Vaccination United Provinces of Agra and Oudh 1902-1913 - 1902-1913
Year: 1902
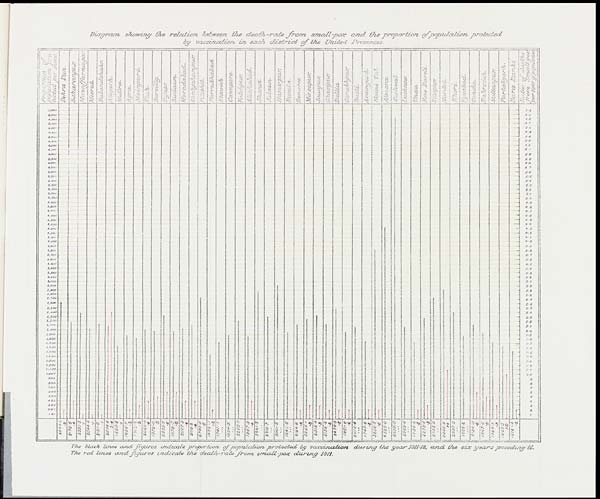
Diagram
showing the relation
between the death-rate
from
small-pox
and the proportion,
of population
protected
by vaccination
in each district
of the United
Provinces.
The black lines and figures
indicate
proportion
of population
protected
by vaccination
during
the year 1911-12, and
the six years
preceding
it.
The red lines
and figures indicate
the death-rate
from
small-pox
during
1911.